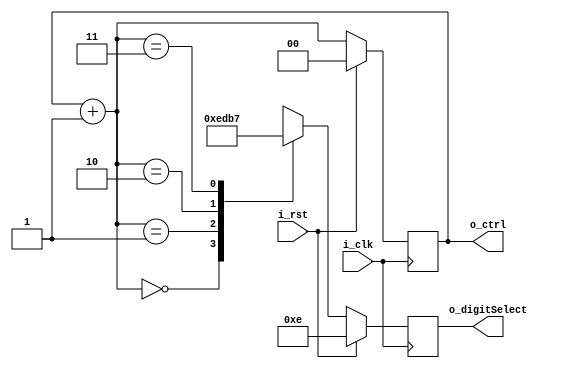
module DigitSelect(
    input i_clk,
    input i_rst,
    output reg [1:0] o_ctrl = 2'b00,
    output reg [3:0] o_digitSelect = 4'b1110 
);
    always @(posedge i_clk) begin
        if (i_rst) begin
            o_ctrl <= 2'b00;
            o_digitSelect <= 4'b1110;
        end else begin
            o_ctrl = o_ctrl + 1;
            case (o_ctrl)
                2'b00 : o_digitSelect = 4'b1110;
                2'b01 : o_digitSelect = 4'b1101;
                2'b10 : o_digitSelect = 4'b1011;
                2'b11 : o_digitSelect = 4'b0111;
                default : o_digitSelect = 4'b1111; // 
            endcase
        end
    end
endmodule